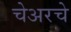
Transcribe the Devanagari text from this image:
चेअरचे